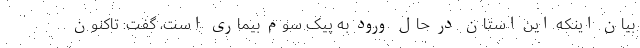
بیان اینکه این استان در حال ورود به پیک سوم بیماری است، گفت: تاکنون